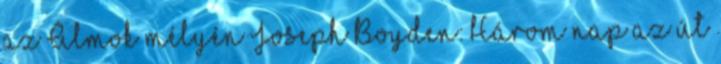
az Álmok mélyén Joseph Boyden: Három nap az út